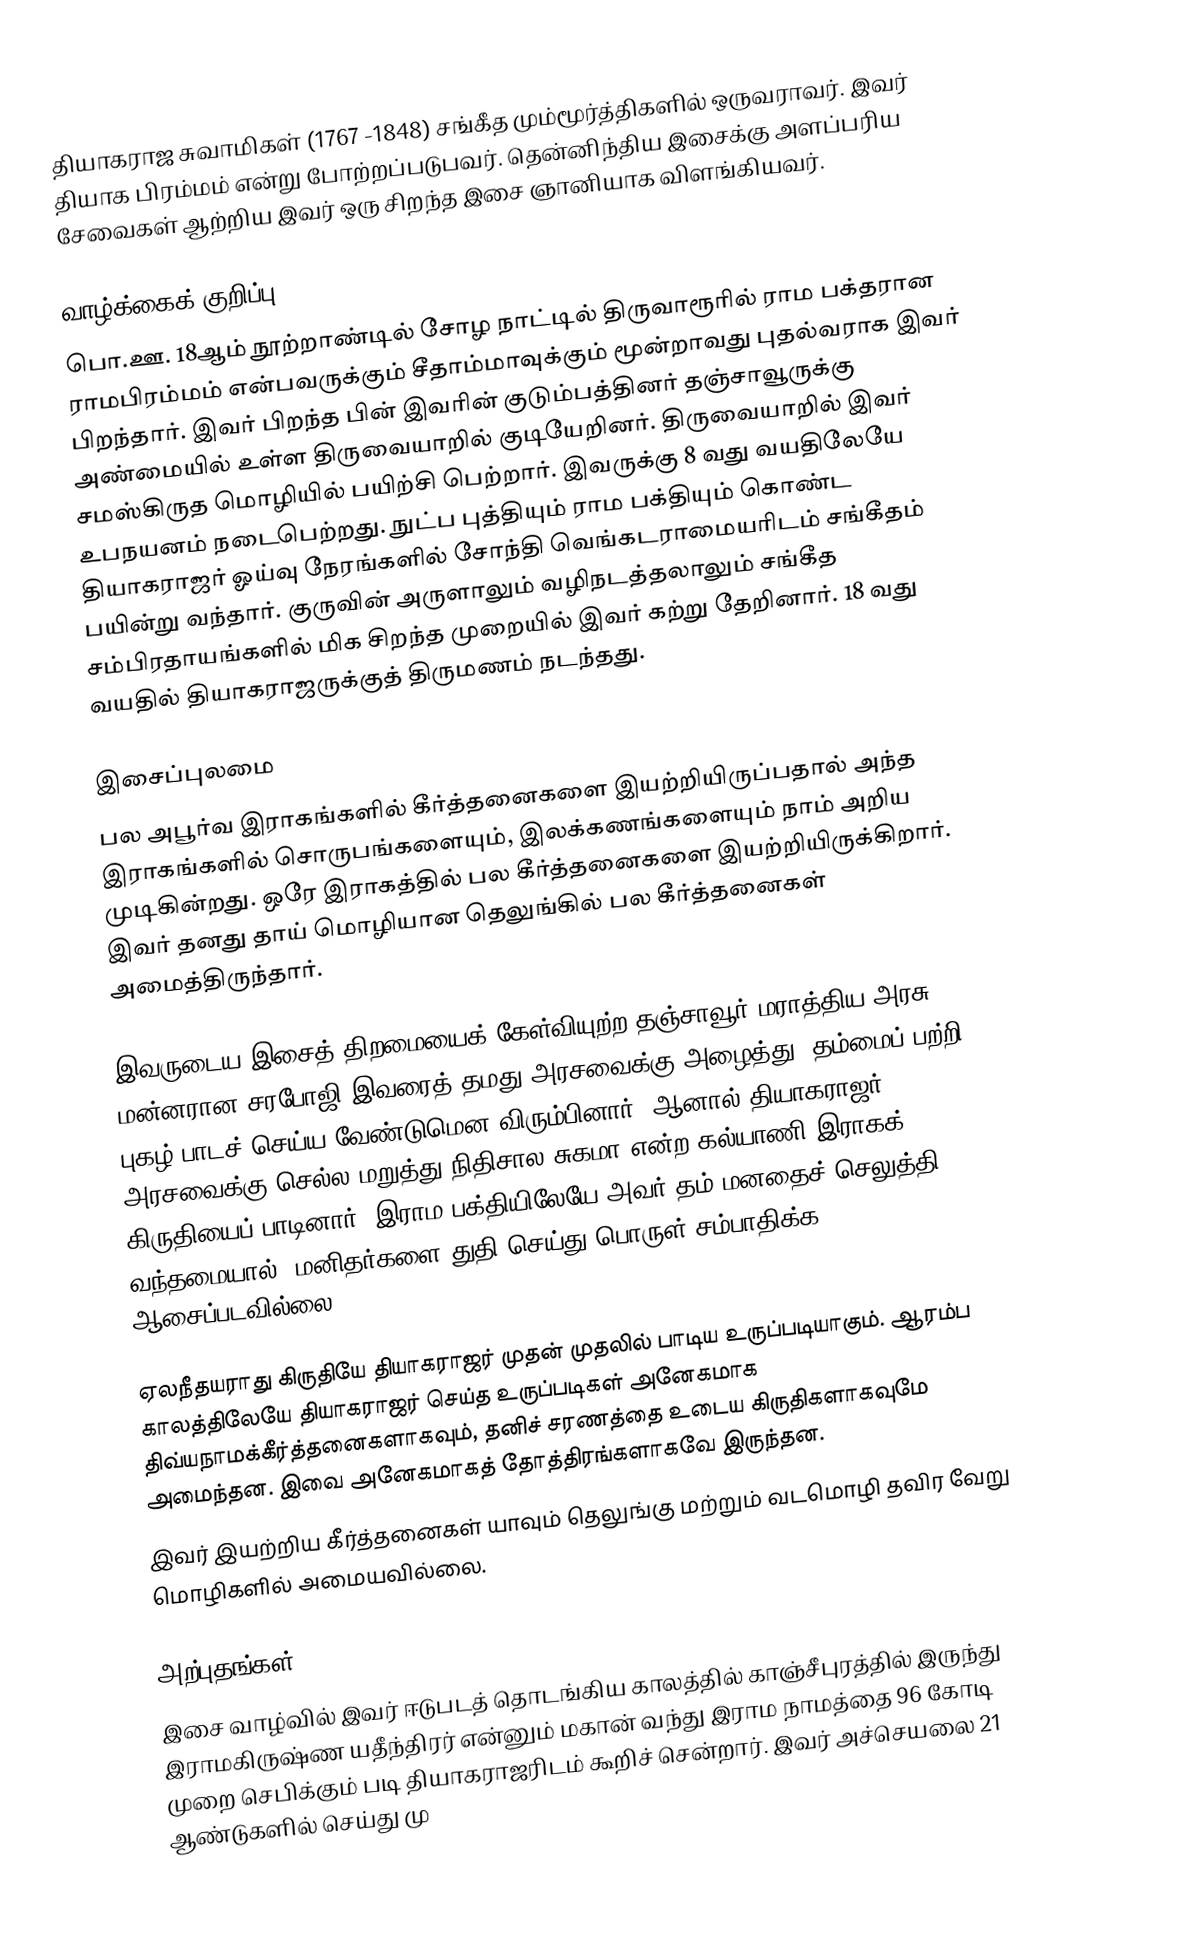
தியாகராஜ சுவாமிகள் (1767 -1848) சங்கீத மும்மூர்த்திகளில் ஒருவராவர். இவர் தியாக பிரம்மம் என்று போற்றப்படுபவர். தென்னிந்திய இசைக்கு அளப்பரிய சேவைகள் ஆற்றிய இவர் ஒரு சிறந்த இசை ஞானியாக விளங்கியவர்.

வாழ்க்கைக் குறிப்பு
பொ.ஊ. 18ஆம் நூற்றாண்டில் சோழ நாட்டில் திருவாரூரில் ராம பக்தரான ராமபிரம்மம் என்பவருக்கும் சீதாம்மாவுக்கும் மூன்றாவது புதல்வராக இவர் பிறந்தார். இவர் பிறந்த பின் இவரின் குடும்பத்தினர் தஞ்சாவூருக்கு அண்மையில் உள்ள திருவையாறில் குடியேறினர். திருவையாறில் இவர் சமஸ்கிருத மொழியில் பயிற்சி பெற்றார். இவருக்கு 8 வது வயதிலேயே உபநயனம் நடைபெற்றது. நுட்ப புத்தியும் ராம பக்தியும் கொண்ட தியாகராஜர் ஓய்வு நேரங்களில் சோந்தி வெங்கடராமையரிடம் சங்கீதம் பயின்று வந்தார். குருவின் அருளாலும் வழிநடத்தலாலும் சங்கீத சம்பிரதாயங்களில் மிக சிறந்த முறையில் இவர் கற்று தேறினார். 18 வது வயதில் தியாகராஜருக்குத் திருமணம் நடந்தது.

இசைப்புலமை
பல அபூர்வ இராகங்களில் கீர்த்தனைகளை இயற்றியிருப்பதால் அந்த இராகங்களில் சொருபங்களையும், இலக்கணங்களையும் நாம் அறிய முடிகின்றது. ஒரே இராகத்தில் பல கீர்த்தனைகளை இயற்றியிருக்கிறார். இவர் தனது தாய் மொழியான தெலுங்கில் பல கீர்த்தனைகள் அமைத்திருந்தார்.

இவருடைய இசைத் திறமையைக் கேள்வியுற்ற தஞ்சாவூர் மராத்திய அரசு மன்னரான சரபோஜி இவரைத் தமது அரசவைக்கு அழைத்து, தம்மைப் பற்றி புகழ் பாடச் செய்ய வேண்டுமென விரும்பினார். ஆனால் தியாகராஜர் அரசவைக்கு செல்ல மறுத்து  நிதிசால சுகமா   என்ற கல்யாணி இராகக் கிருதியைப் பாடினார். இராம பக்தியிலேயே அவர் தம் மனதைச் செலுத்தி வந்தமையால், மனிதர்களை துதி செய்து பொருள் சம்பாதிக்க ஆசைப்படவில்லை.

ஏலநீதயராது கிருதியே தியாகராஜர் முதன் முதலில் பாடிய உருப்படியாகும். ஆரம்ப காலத்திலேயே தியாகராஜர் செய்த உருப்படிகள் அனேகமாக திவ்யநாமக்கீர்த்தனைகளாகவும், தனிச் சரணத்தை உடைய கிருதிகளாகவுமே அமைந்தன. இவை அனேகமாகத் தோத்திரங்களாகவே இருந்தன.
இவர் இயற்றிய கீர்த்தனைகள் யாவும் தெலுங்கு மற்றும் வடமொழி தவிர வேறு மொழிகளில் அமையவில்லை.

அற்புதங்கள்
இசை வாழ்வில் இவர் ஈடுபடத் தொடங்கிய காலத்தில் காஞ்சீபுரத்தில் இருந்து இராமகிருஷ்ண யதீந்திரர் என்னும் மகான் வந்து இராம நாமத்தை 96 கோடி முறை செபிக்கும் படி தியாகராஜரிடம் கூறிச் சென்றார். இவர் அச்செயலை 21 ஆண்டுகளில் செய்து மு